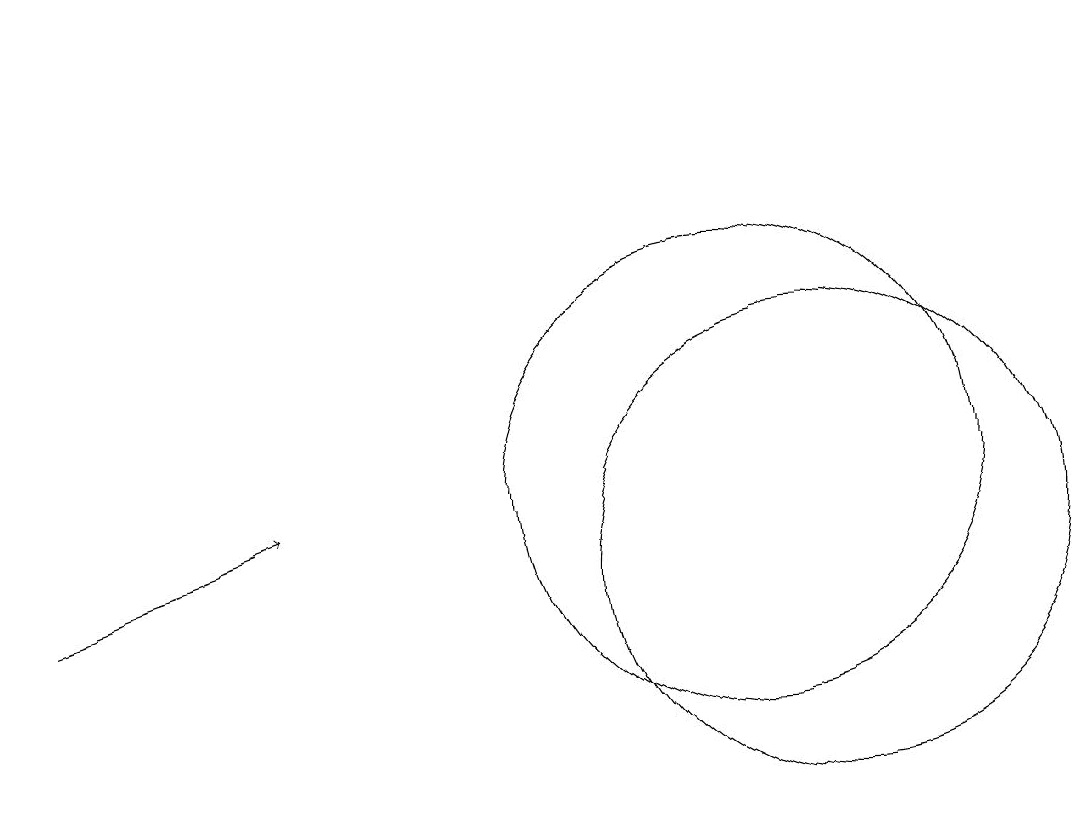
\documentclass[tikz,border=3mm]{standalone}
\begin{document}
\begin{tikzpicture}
\draw (11,10) circle (3);
\draw (10,11) circle (3);
\draw[->] (1,10) -- (4,11);
\draw[->] (1,16) -- (1,17);
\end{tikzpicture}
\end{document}